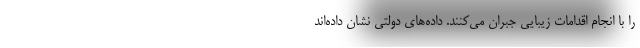
را با انجام اقدامات زیبایی جبران می‌کنند. داده‌های دولتی نشان داده‌اند